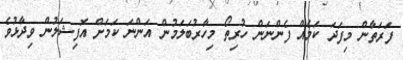
ފަރަތާން މިފަދަ ކަމެއް ފެންނަން ހުރިތޯ މިހާރުބަލަމުން އަންނަ ކަމަށް އޮފިޝަލުން ވިދާޅުވެ